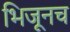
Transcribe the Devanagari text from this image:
भिजूनच